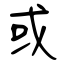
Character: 或